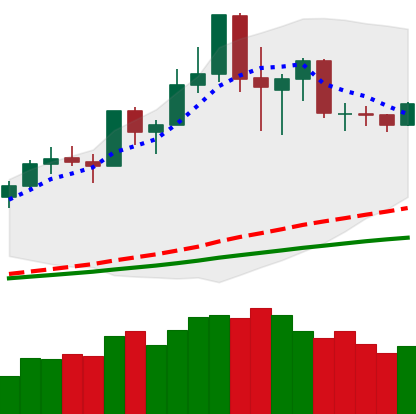
Ticker: NEO-USD
Chart end date: 2020-02-23
Forward return: -21.37%
Label: down_7plus